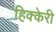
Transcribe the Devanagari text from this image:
हिक्केरी